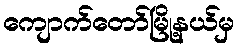
ကျောက်တော်မြို့နယ်မှ